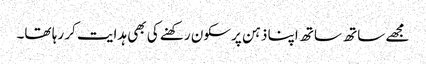
مجھے ساتھ ساتھ اپنا ذہن پرسکون رکھنے کی بھی ہدایت کر رہا تھا۔